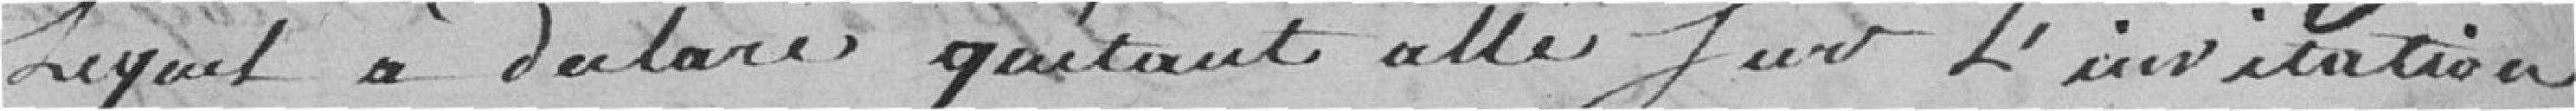
lequel a déclaré qu'étant allé sur l'invitation